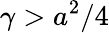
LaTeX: \gamma>a^{2}/4